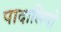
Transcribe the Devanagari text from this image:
पादालिनो